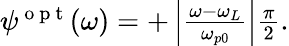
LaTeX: \begin{array}{r}{\psi^{\mathrm{~o~p~t~}}(\omega)=+\left|\frac{\omega-\omega_{L}}{\omega_{p0}}\right|\frac{\pi}{2}.}\end{array}